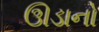
ઊડાનો